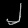
Digit: ၂